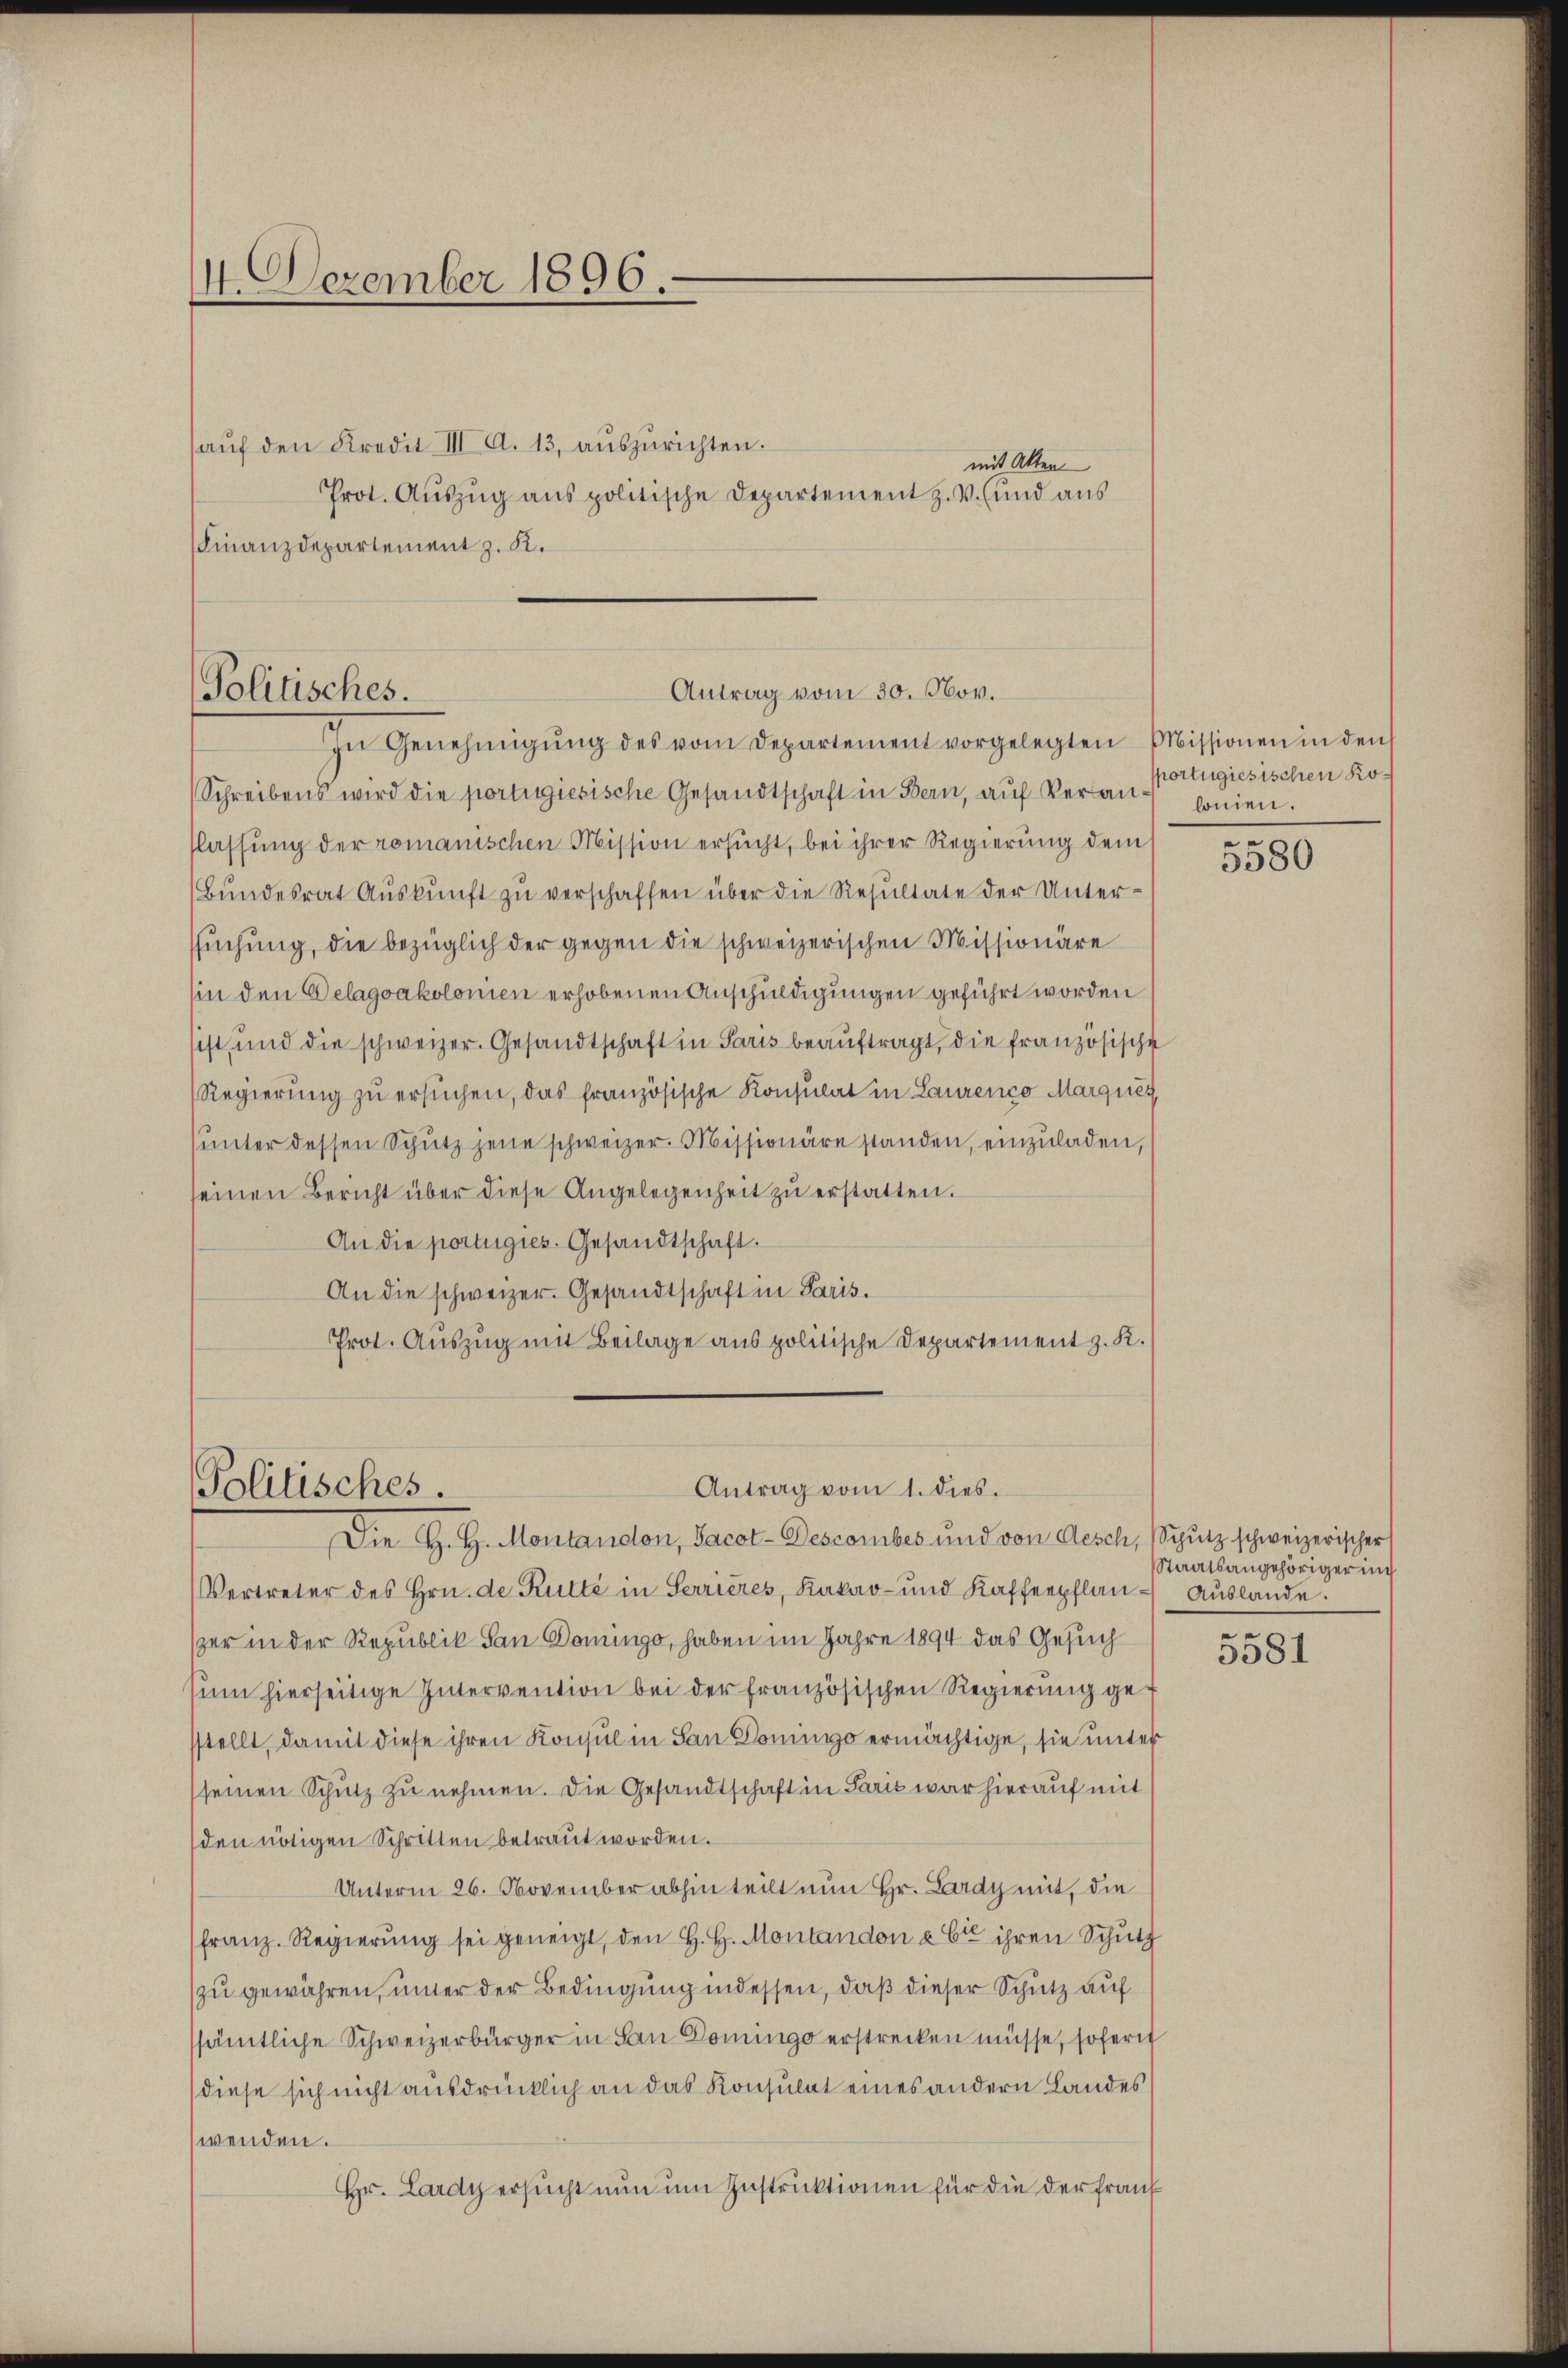
4. Dezember 1896.

Politisches.

aŭf den Kredit III. A. 13, auszurichten.
Prot. Auszug aus politische Departement z. V. und aus
Finanzdepartement z. R.

mit Alter

Antrag vom 30. Nov.
In Genehmigŭng des vom Departement vorgelegten Missionen in den

Schreibens wird die portigiesische Gesandtschaft in Bern, aŭf Veran- ponien.
flassung der romanischen Mission ersucht, bei ihrer Regierung dem
Bŭndesrat Aŭskŭnft zŭ verschaffen über die Resultate der Unter-
suchung, die bezüglich der gegen die schweizerischen Missionäre
sin den Delagoakolonien erhobenen Anschuldigungen geführt worden
sist, und die schweizer. Gesandtschaft in Paris beauftragt, die französische
Regierung zu ersuchen, das französische Konsulat in Laurenco Marques
ŭnter dessen Schŭtz jene schweizer. Missionäre standen, einzuladen,
seinen Bericht über diese Angelegenheit zŭ erstatten.
An die portugies. Gesandtschaft.
An die schweizer. Gesandtschaft in Paris.
Prot. Auszug mit Beilage aus politische Departement z. K.

Antrag vom 1. dies.
Politisches.
Die H. H. Montandon, Jacot-Descomber und von Aesch, Schutz schweizerischer

portugiesischen Ko¬
2

Vertreter des Hrn. de Rutté in Serrieres, Kakao- und Kaffeepflan- Aŭslände.
szer in der Republik San Domingo, haben im Jahre 1894 das Gesuch
sim hierseitige Intervention bei der französischen Regierung get
sstellt, damit diese ihren Konsul in San Domings ermächtige, sie unter
seinen Schutz zu nehmen. Die Gesandtschaft in Paris war hierauf mit
den nötigen Schritten betraut worden.
Unterm 26. November abhin teilt nun Hr. Lardy mit, die
franz. Regierŭng sei geneigt, den H. H. Montandon & Cie ihren Schutz
zu gewähren, unter der Bedingung indessen, daß dieser Schutz auf
sämtliche Schweizerbürger in San Domings erstrecken müsse, sofern
diese sich nicht ausdrücklich an das Konsulat eines andern Landes
wenden.
Hr. Lardy ersucht nun um Instruktionen für die der Frauf

3580

Staatsangehörigerung
.

5581